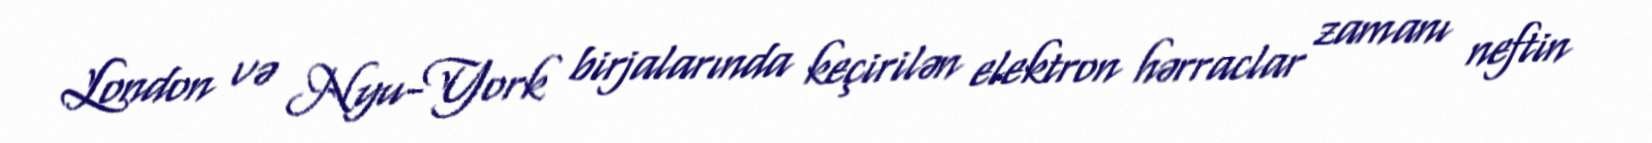
London və Nyu-York birjalarında keçirilən elektron hərraclar zamanı neftin